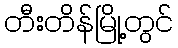
တီးတိန်မြို့တွင်